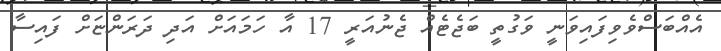
އެއްބަސްވެވިފައިވަނީ ވަގުތީ ބަޖެޓެއް ޖެނުއަރީ 17 އާ ހަމައަށް އަދި ދަރަންޏަށް ފައިސާ